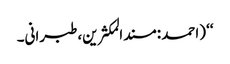
‘‘ (احمد :مسندالمکثرین،طبرانی۔